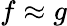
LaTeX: f\approx g